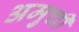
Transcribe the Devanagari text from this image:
अमुची